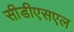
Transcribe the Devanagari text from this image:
सीडीएसएल